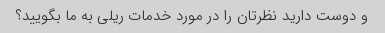
و دوست دارید نظرتان را در مورد خدمات ریلی به ما بگویید؟